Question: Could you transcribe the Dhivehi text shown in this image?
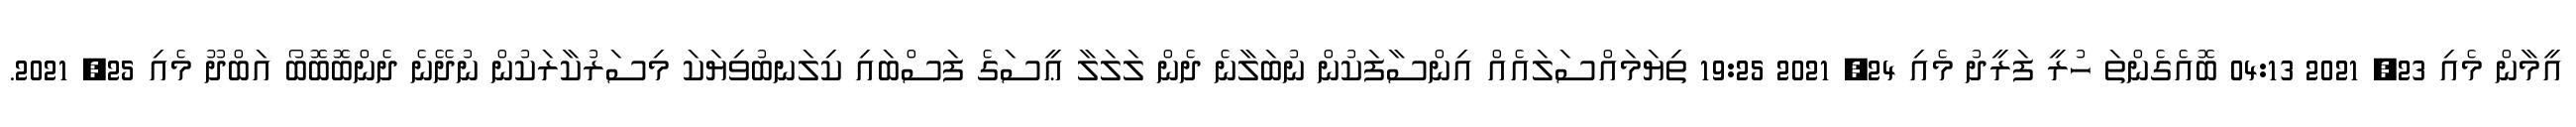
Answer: އީމާން މެއި 23, 2021 04:13 ބޮއެގެންތަ ހުރީ ފަރީދު މެއި 24, 2021 19:25 ތިޔަމައްސަލައެއް އިންސާފަކުން ނުބަލާނެ ދެން ލަލަލާ ޢީސަގެ ފަސްބައި ކިލަނބުވިޔަކަ މިސަރުކާރަކުން ނުދޭނެ ދެންބޮބޮބޯ އަބްދޫ މެއި 25, 2021.